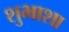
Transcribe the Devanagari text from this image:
शुभाशा